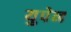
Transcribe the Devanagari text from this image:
युपेन